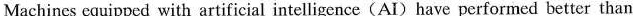
Machines equipped with artificial intelligence(AI)have performed better than